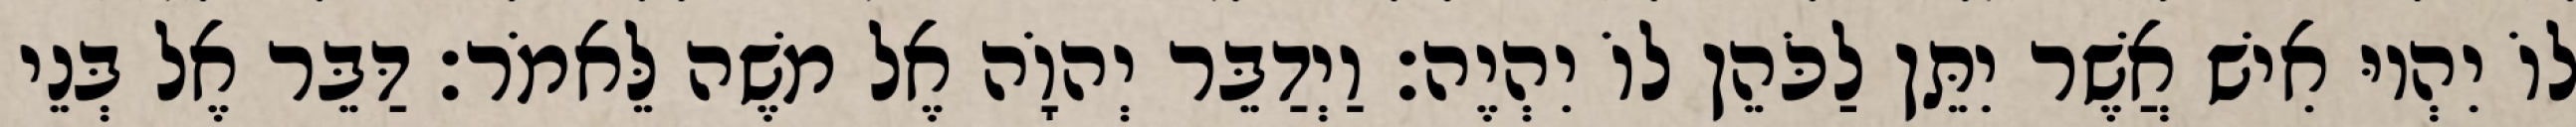
לוֹ יִהְיוּ אִישׁ אֲשֶׁר יִתֵּן לַכֹּהֵן לוֹ יִהְיֶה׃ וַיְדַבֵּר יְהוָֹה אֶל משֶׁה לֵּאמֹר׃ דַּבֵּר אֶל בְּנֵי